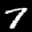
Label: 7